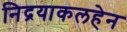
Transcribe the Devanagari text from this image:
निद्रयाकलहेन